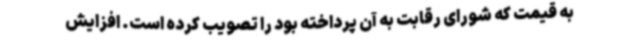
به قیمت که شورای رقابت به آن پرداخته بود را تصویب کرده است. افزایش